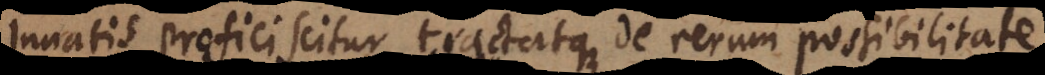
innatis proficiscitur tractatque de rerum possibilitate